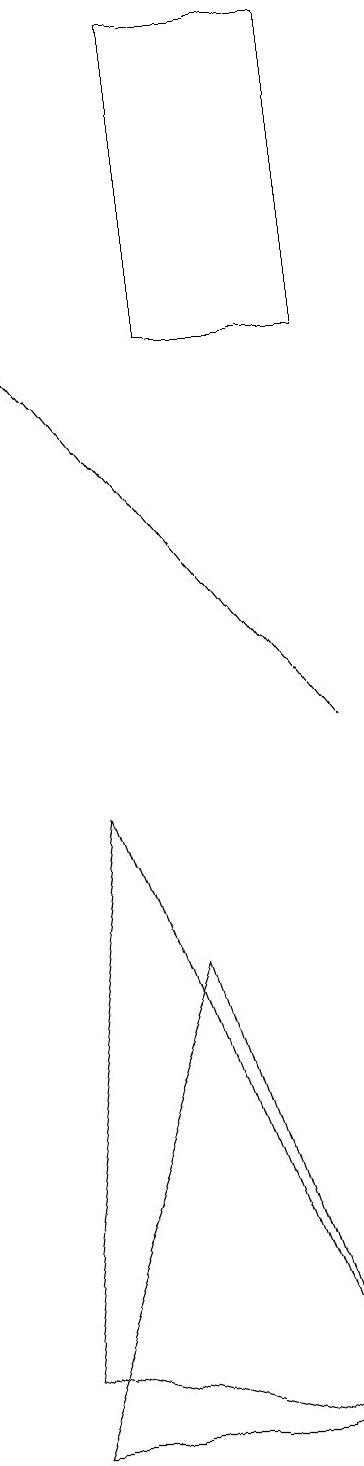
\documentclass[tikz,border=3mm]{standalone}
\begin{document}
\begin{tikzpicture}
\draw[->] (5,10) -- (1,15);
\draw (2,9) -- (5,1) -- (1,2) -- cycle;
\draw (5,1) -- (3,7) -- (1,1) -- cycle;
\draw (5,15) rectangle (3,19);
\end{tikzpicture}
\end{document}